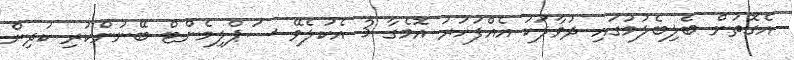
އެގޮތުން ބެލިބެލުމުގައި ދުވާލަކު އެއްފަހަރު އޮމެގާ 3 އެކުލެވޭ ސަޕްލިމެންޓް ބޭނުންކުރި ކުދިން